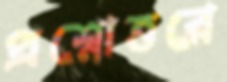
প্রশ্নোত্তরে